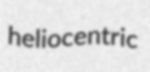
heliocentric